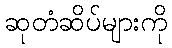
ဆုတံဆိပ်များကို